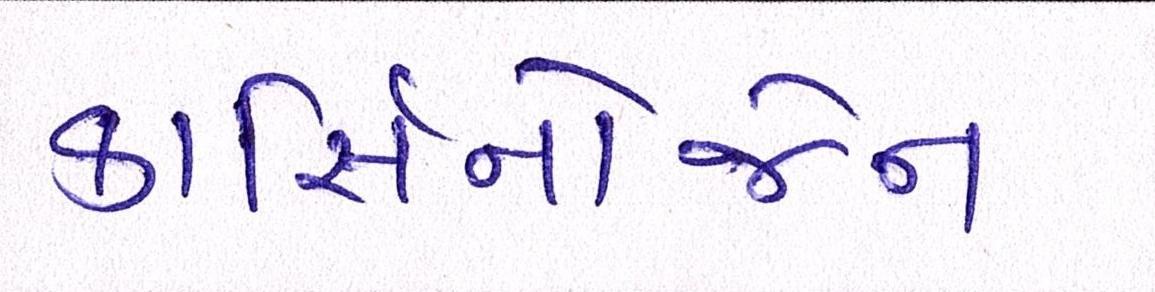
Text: કાર્સિનોજેન